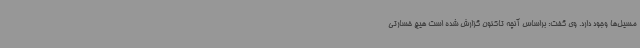
مسیل‌ها وجود دارد. وی گفت: براساس آنچه تاکنون گزارش شده است هیچ خسارتی